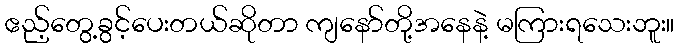
ဧည့်တွေ့ခွင့်ပေးတယ်ဆိုတာ ကျနော်တို့အနေနဲ့ မကြားရသေးဘူး။